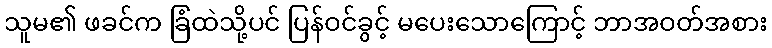
သူမ၏ ဖခင်က ခြံထဲသို့ပင် ပြန်ဝင်ခွင့် မပေးသောကြောင့် ဘာအဝတ်အစား